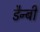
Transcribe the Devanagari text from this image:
डैन्बी